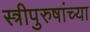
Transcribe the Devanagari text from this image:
स्त्रीपुरुषांच्या